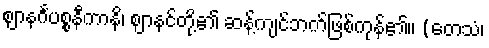
ဈာနင်္ဂပစ္စနီကာနိ၊ ဈာနင်တို့၏ ဆန့်ကျင်ဘက်ဖြစ်ကုန်၏။ (တေသံ၊